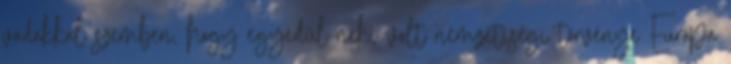
vádakkal szemben, hogy egyedül neki volt nemzetiségi törvénye Európa